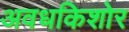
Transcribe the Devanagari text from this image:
अवधकिशोर